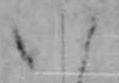
八